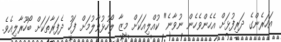
އަހަރެންގެ ދަރިފުޅަށް އެހެންވެހެން ނުވާނެ" ކުއްލިއަކަށް މީޒާ ލޯހުޅުވާލުމަށް ފަހު ދެފަރާތަކަށް ބޯހޫރާލިއެވެ.